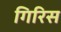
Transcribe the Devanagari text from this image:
गिरिस